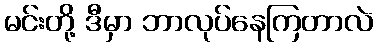
မင်းတို့ ဒီမှာ ဘာလုပ်နေကြတာလဲ